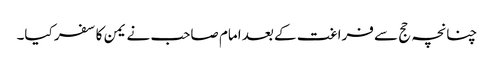
چنانچہ حج سے فراغت کے بعد امام صاحب نے یمن کا سفر کیا۔